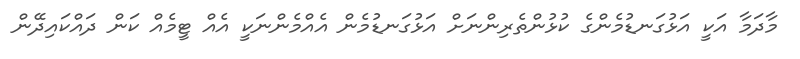
މާދަމާ އަކީ އަޅުގަނޑުމެންގެ ކުޅުންތެރިންނަށް އަޅުގަނޑުމެން އެއްމެންނަކީ އެއް ޓީމެއް ކަން ދައްކައިދޭން